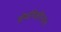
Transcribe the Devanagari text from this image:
सेमगिओप्सल